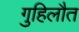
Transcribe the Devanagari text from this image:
गुहिलौत